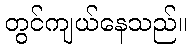
တွင်ကျယ်နေသည်။